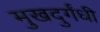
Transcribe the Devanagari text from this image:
मुखदुर्गंधी